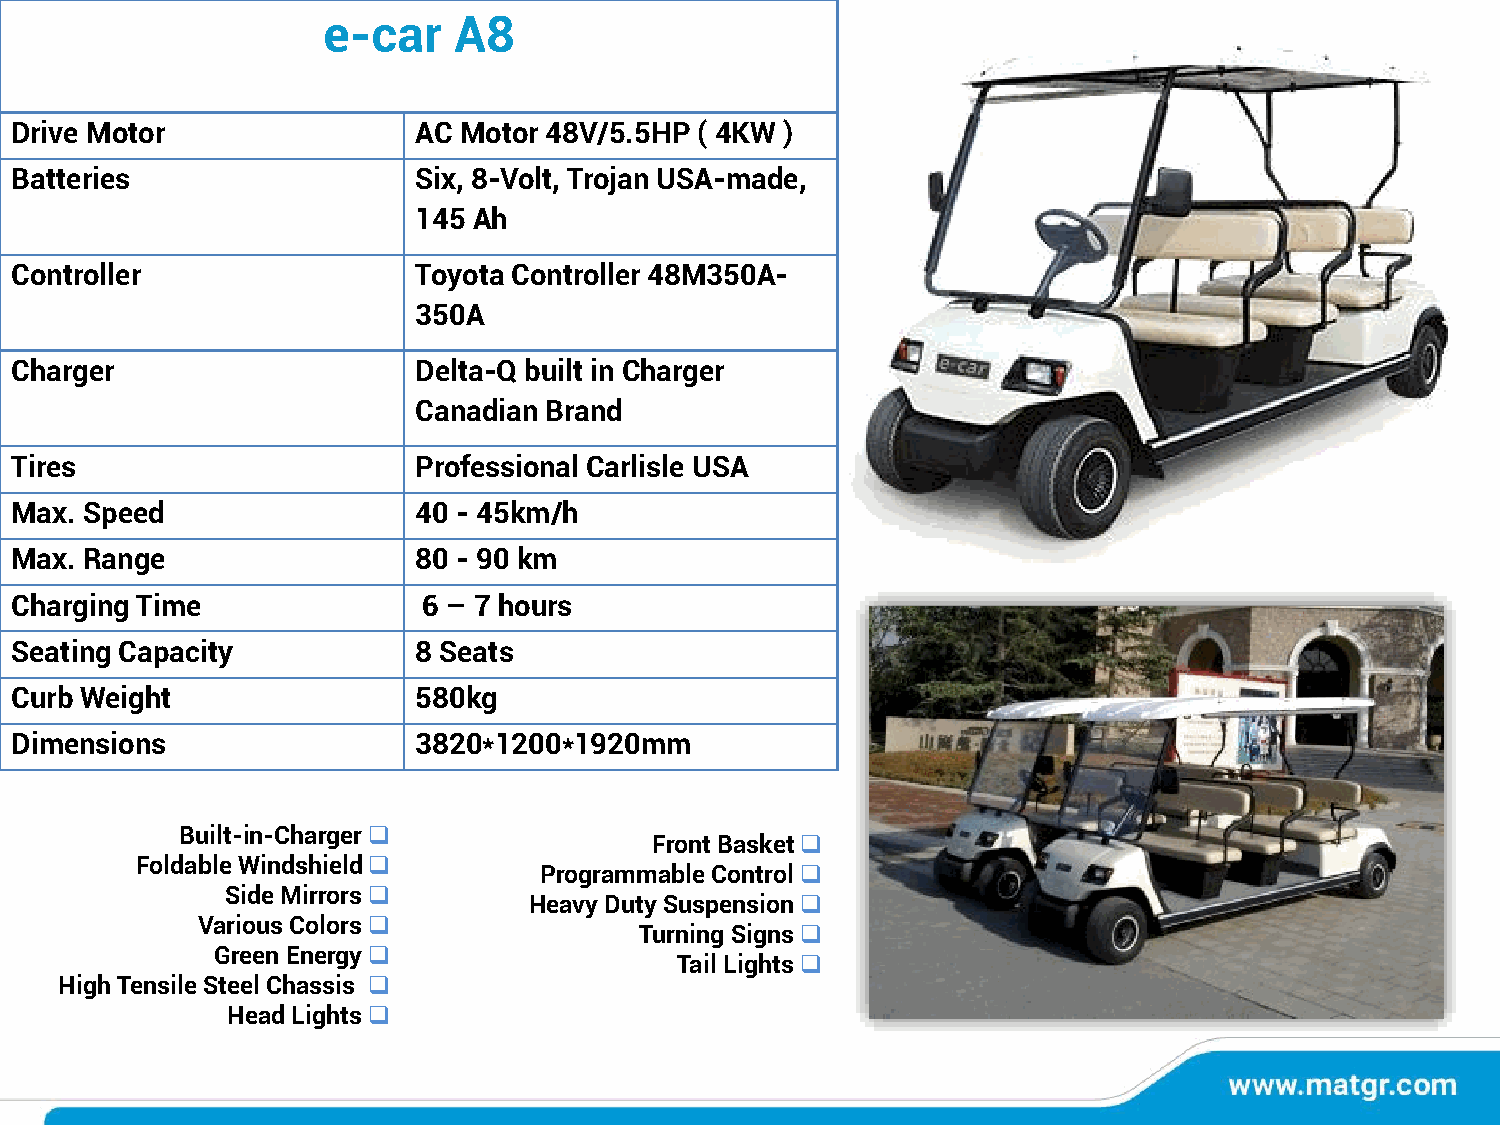
e-car    A8
 Drive Motor                AC Motor 48V/5.5HP ( 4KW )
 Batteries                  Six, 8-Volt, Trojan USA-made,
 145 Ah
 Controller                 Toyota Controller 48M350A-
 350A
 Charger                    Delta-Q built in Charger
 Canadian Brand
 Tires                     Professional Carlisle USA
 Max. Speed                 40 - 45km/h
 Max. Range                 80 - 90 km
 Charging Time              6 – 7 hours
 Seating Capacity           8 Seats
 Curb Weight                580kg
 Dimensions                 3820*1200*1920mm
 Built-in-Charger❑
 Front Basket❑
 Foldable Windshield❑
 Programmable Control❑
 Side Mirrors❑
 Heavy Duty Suspension❑
 Various Colors❑
 Turning Signs❑
 Green Energy❑
 Tail Lights❑
 High Tensile Steel Chassis ❑
 Head Lights❑